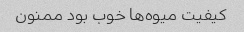
کیفیت میوه‌ها خوب بود ممنون